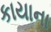
કાયાના